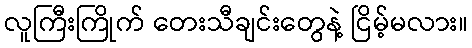
လူကြီးကြိုက် တေးသီချင်းတွေနဲ့ ငြိမ့်မလား။